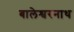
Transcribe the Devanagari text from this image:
बालेश्वरनाथ